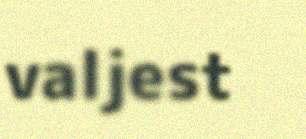
valjest